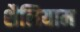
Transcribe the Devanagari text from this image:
शैलियाम